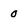
Character: 0